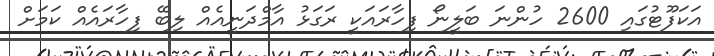
އަކަފޫޓުގައި 2600 ހުންނަ ބަލީނޯ ފިހާރައަކީ ރަގަޅު އާމްދަނީއެެއް ލިބޭ ފިހާރައެއް ކަމަށް